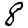
Digit: 8